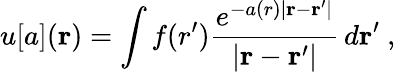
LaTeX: u[a](\mathbf{r})=\int f(r^{\prime})\frac{e^{-a(r)|\mathbf{r}-\mathbf{r}^{\prime}|}}{|\mathbf{r}-\mathbf{r}^{\prime}|}\, d\mathbf{r}^{\prime}\ ,